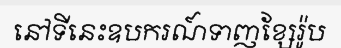
នៅទីនេះឧបករណ៍ទាញខ្សែរ៉ូប